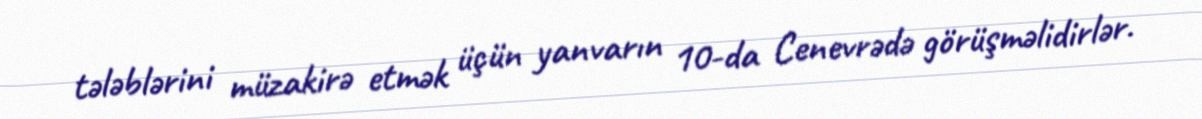
tələblərini müzakirə etmək üçün yanvarın 10-da Cenevrədə görüşməlidirlər.